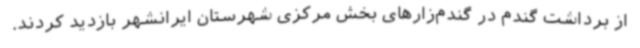
از برداشت گندم در گندم‌زارهای بخش مرکزی شهرستان ایرانشهر بازدید کردند.